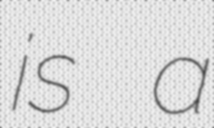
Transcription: is a